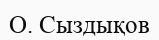
О. Сыздықов